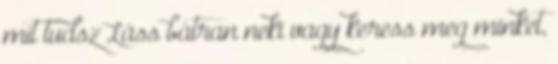
mit tudsz Láss bátran neki vagy keress meg minket,